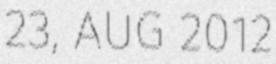
23, AUG 2012